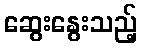
ဆွေးနွေးသည့်